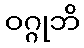
ဝဂ္ဂုဘိ